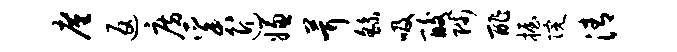
廑返房奚近嫌茸繇吸酸陟酢握院清